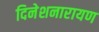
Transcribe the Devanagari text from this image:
दिनेशनारायण